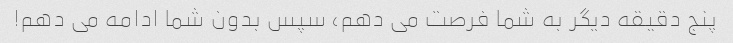
پنج دقیقه دیگر به شما فرصت می دهم، سپس بدون شما ادامه می دهم!